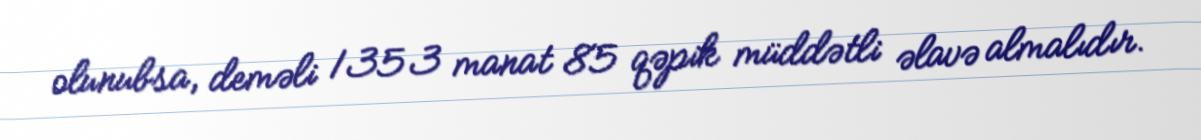
olunubsa, deməli 1353 manat 85 qəpik müddətli əlavə almalıdır.